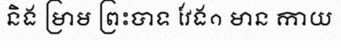
និង ម្រាម ព្រះបាទ វែង១ មាន កាយ